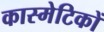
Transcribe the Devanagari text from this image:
कास्मेटिकों